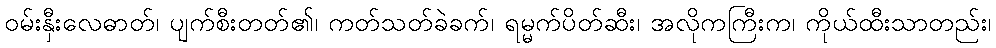
ဝမ်းနှီးလေဓာတ်၊ ပျက်စီးတတ်၏၊ ကတ်သတ်ခဲခက်၊ ရမ္မက်ပိတ်ဆီး၊ အလိုကကြီးက၊ ကိုယ်ထီးသာတည်း၊